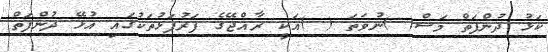
ކަޅު ދުންފަތް މަސް( )ނުވަތަ ( )އަކީ ރާއްޖޭގެ ފަރުފަޅުތަކުގައި އުޅޭ ދުންފަތް